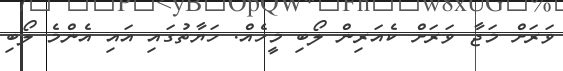
ވަރަށް މަޖާ ވަރަށް ކެއަރިން ލޯބި މީހެއް. ހަޔާތުގައި އައި އެންމެ ލޯބި